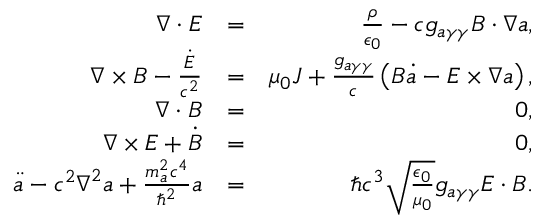
\begin{array} { r l r } { \boldsymbol \nabla \cdot \boldsymbol E } & { = } & { \frac { \rho } { \epsilon _ { 0 } } - c g _ { a \gamma \gamma } \boldsymbol B \cdot \boldsymbol \nabla a , } \\ { \boldsymbol \nabla \times \boldsymbol B - \frac { \dot { \boldsymbol E } } { c ^ { 2 } } } & { = } & { \mu _ { 0 } \boldsymbol J + \frac { g _ { a \gamma \gamma } } { c } \left( \boldsymbol B \dot { a } - \boldsymbol E \times \boldsymbol \nabla a \right) , } \\ { \boldsymbol \nabla \cdot \boldsymbol B } & { = } & { 0 , } \\ { \boldsymbol \nabla \times \boldsymbol E + \dot { \boldsymbol B } } & { = } & { 0 , } \\ { \ddot { a } - c ^ { 2 } \boldsymbol \nabla ^ { 2 } a + \frac { m _ { a } ^ { 2 } c ^ { 4 } } { \hbar ^ { 2 } } a } & { = } & { \hbar c ^ { 3 } \sqrt { \frac { \epsilon _ { 0 } } { \mu _ { 0 } } } g _ { a \gamma \gamma } \boldsymbol E \cdot \boldsymbol B . } \end{array}